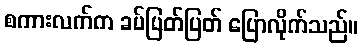
စကားလက်က ခပ်ပြတ်ပြတ် ပြောလိုက်သည်။